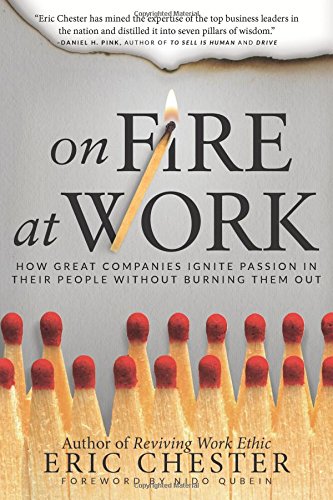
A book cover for On Fire at Work: How Great Companies Ignite Passion in Their People Without Burning Them Out; Eric Chester; Business & Money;